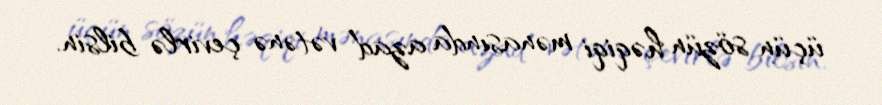
üçün sözün həqiqi mənasında azad vətənə çevirlə bilsin.